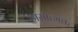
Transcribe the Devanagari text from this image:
ह्रासात्मक